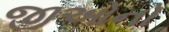
જીઓનો